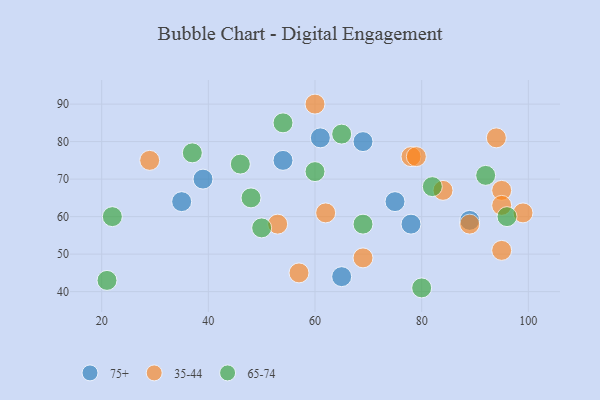
{"axis": {"x": "GDP", "y": "Life Expectancy"}, "legend": ["35-44", "65-74", "75+"], "data": [{"x": "65", "y": 44, "type": "75+"}, {"x": "89", "y": 59, "type": "75+"}, {"x": "78", "y": 58, "type": "75+"}, {"x": "54", "y": 75, "type": "75+"}, {"x": "39", "y": 70, "type": "75+"}, {"x": "69", "y": 80, "type": "75+"}, {"x": "61", "y": 81, "type": "75+"}, {"x": "75", "y": 64, "type": "75+"}, {"x": "35", "y": 64, "type": "75+"}, {"x": "29", "y": 75, "type": "35-44"}, {"x": "62", "y": 61, "type": "35-44"}, {"x": "60", "y": 90, "type": "35-44"}, {"x": "95", "y": 51, "type": "35-44"}, {"x": "78", "y": 76, "type": "35-44"}, {"x": "53", "y": 58, "type": "35-44"}, {"x": "95", "y": 67, "type": "35-44"}, {"x": "79", "y": 76, "type": "35-44"}, {"x": "84", "y": 67, "type": "35-44"}, {"x": "89", "y": 58, "type": "35-44"}, {"x": "57", "y": 45, "type": "35-44"}, {"x": "95", "y": 63, "type": "35-44"}, {"x": "94", "y": 81, "type": "35-44"}, {"x": "99", "y": 61, "type": "35-44"}, {"x": "69", "y": 49, "type": "35-44"}, {"x": "80", "y": 41, "type": "65-74"}, {"x": "37", "y": 77, "type": "65-74"}, {"x": "50", "y": 57, "type": "65-74"}, {"x": "21", "y": 43, "type": "65-74"}, {"x": "92", "y": 71, "type": "65-74"}, {"x": "65", "y": 82, "type": "65-74"}, {"x": "46", "y": 74, "type": "65-74"}, {"x": "22", "y": 60, "type": "65-74"}, {"x": "54", "y": 85, "type": "65-74"}, {"x": "69", "y": 58, "type": "65-74"}, {"x": "48", "y": 65, "type": "65-74"}, {"x": "60", "y": 72, "type": "65-74"}, {"x": "96", "y": 60, "type": "65-74"}, {"x": "82", "y": 68, "type": "65-74"}]}